system: You are a helpful assistant.
user:
Analyze the provided spectrum to determine if it is a **"Cataclysmic Variables (CV)"**.

- **Key Indicators for CV (Check for either state):**
    - **State 1: Quiescent / Low-State (Emission-Dominated)**
        - **(Primary):** Strong and *very broad* Hydrogen Balmer emission lines (e.g., $H\alpha$ at 6563 Å, $H\beta$ at 4861 Å). The 'broadness' (high velocity dispersion, often FWHM > 1000 km/s) is the key diagnostic, indicating a high-velocity accretion disk.
        - **(Secondary):** Broad neutral Helium (He I) emission lines (e.g., 5876 Å, 6678 Å).
        - **(Key Confirmation):** Presence of high-excitation *ionized* Helium (He II) emission at 4686 Å. This is a strong indicator of accretion onto a white dwarf.
        - **(Line Profile):** Emission lines may exhibit a 'double-peaked' profile, which is a classic signature of a rotating accretion disk viewed at high inclination.

    - **State 2: Outburst / High-State (Absorption-Dominated)**
        - **(Primary):** Spectrum is dominated by a bright, blue continuum (looks like a hot star).
        - **(Secondary):** The emission lines from State 1 are weak, absent, or 'filled in', and are replaced by broad, shallow *absorption* lines (primarily Balmer and He I).
        - **(Morphology):** The overall spectrum mimics a hot B/A-type star. The crucial difference is that the absorption lines are significantly broader, shallower, and more 'washed-out' (or 'smeared') than the sharp lines of a normal stellar photosphere, due to high rotational speeds and pressure broadening in the disk.

Think first, call **spectral_visualization_tool** if needed to examine features in detail, then provide your final answer. Your response must adhere to the following strict rules:
1.  **Overall Structure:** Your response must follow the format `<think>...</think> <tool_call>...</tool_call> (if a tool is used) <answer>...</answer>`.
2.  **Tool Usage Constraint:** You may only make **one** tool call per turn.
3.  **Final Answer Format:** In the `<answer>` tag, your conclusion must be inside a `\boxed{}` command (e.g., `\boxed{YES}`), followed by your justification.

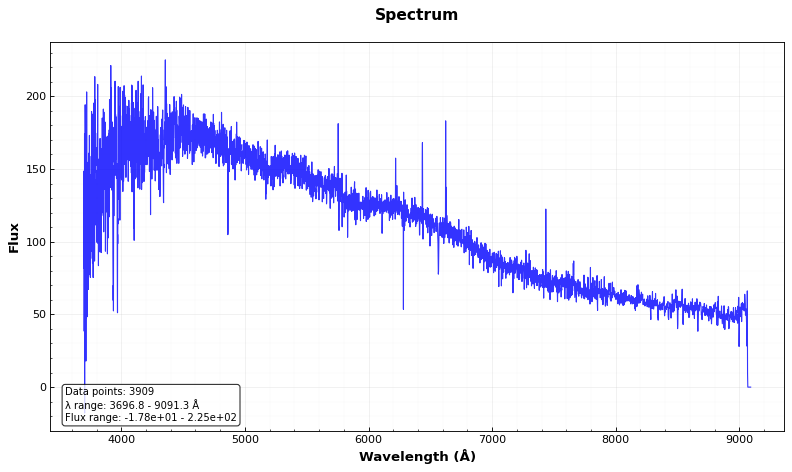
Answer: NO